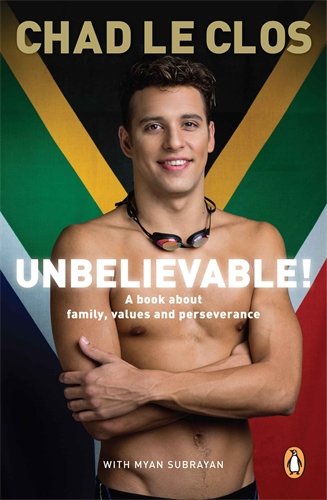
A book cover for Unbelievable!: A Book About Family, Values and Perseverance; Chad Le Clos; Sports & Outdoors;